Vaccine operations Central Provinces 1868-1885 - 1868-1885
Year: 1868
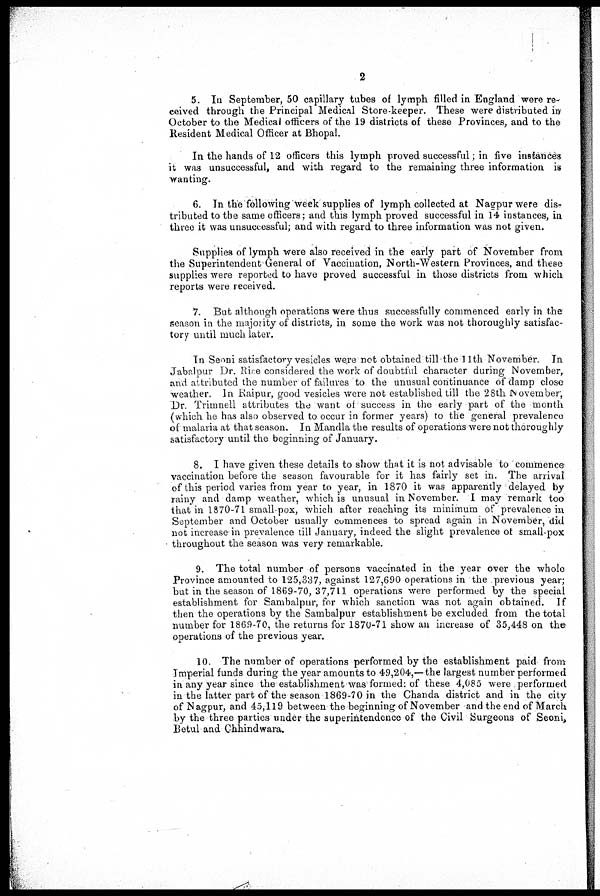
2
5. In September, 50 capillary tubes of lymph filled in England were re-
ceived through the Principal Medical Store-keeper. These were distributed in
October to the Medical officers of the 19 districts of these Provinces, and to the
Resident Medical Officer at Bhopal.
In the hands of 12 officers this lymph proved successful; in five instances
it was unsuccessful, and with regard to the remaining three information is
wanting.
6. In the following week supplies of lymph collected at Nagpur were dis-
tributed to the same officers; and this lymph proved successful in 14 instances, in
three it was unsuccessful; and with regard to three information was not given.
Supplies of lymph were also received in the early part of November from
the Superintendent General of Vaccination, North-Western Provinces, and these
supplies were reported to have proved successful in those districts from which
reports were received.
7. But although operations were thus successfully commenced early in the
season in the majority of districts, in some the work was not thoroughly satisfac-
tory until much later.
In Seoni satisfactory vesicles were not obtained till the 11th November. In
Jabalpur Dr. Rise considered the work of doubtful character during November,
and attributed the number of failures to the unusual continuance of damp close
weather. In Raipur, good vesicles were not established till the 28th November,
Dr. Trimnell attributes the want of success in the early part of the month
(which he has also observed to occur in former years) to the general prevalence
of malaria at that season. In Mandla the results of operations were not thoroughly
satisfactory until the beginning of January.
8. I have given these details to show that it is not advisable to commence
vaccination before the season favourable for it has fairly set in. The arrival
of this period varies from year to year, in 1870 it was apparently delayed by
rainy and damp weather, which is unusual in November. I may remark too
that in 1870-71 small-pox, which after reaching its minimum of prevalence in
September and October usually commences to spread again in November, did
not increase in prevalence till January, indeed the slight prevalence of small-pox
throughout the season was very remarkable.
9. The total number of persons vaccinated in the year over the whole
Province amounted to 125,337, against 127,690 operations in the previous year;
but in the season of 1869-70, 37,711 operations were performed by the special
establishment for Sambalpur, for which sanction was not again obtained. If
then the operations by the Sambalpur establishment be excluded from the total
number for 1869-70, the returns for 1870-71 show an increase of 35,448 on the
operations of the previous year.
10. The number of operations performed by the establishment paid from
Imperial funds during the year amounts to 49,204,—the largest number performed
in any year since the establishment was formed: of these 4,085 were performed
in the latter part of the season 1869-70 in the Chanda district and in the city
of Nagpur, and 45,119 between the beginning of November and the end of March
by the three parties under the superintendence of the Civil Surgeons of Seoni,
Betul and Chhindwara.